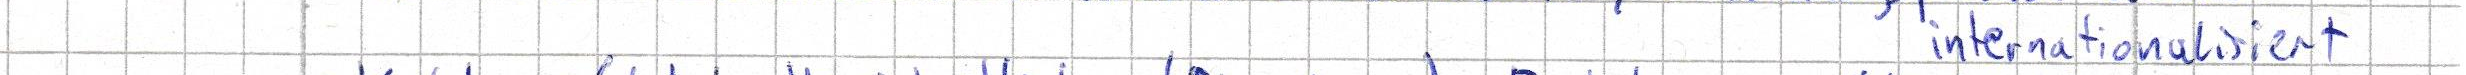
internationalisiert